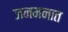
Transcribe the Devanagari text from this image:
जनमनात